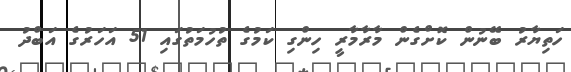
ހަތިޔާރު ބޭނުން ކޮށްގެން މާރާމާރީ ހިންގި ކަމުގެ ތުހުމަތުގައި 51 އަހަރުގެ އަބްދު